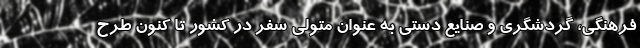
فرهنگی، گردشگری و صنایع دستی به عنوان متولی سفر در کشور تا کنون طرح